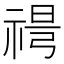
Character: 𥚜